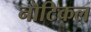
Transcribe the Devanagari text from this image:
नॊटिकल